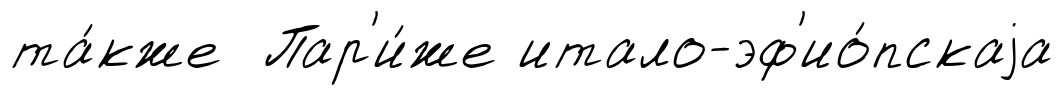
та́кже Пар'и́же итало-эф'ио́пскаjа